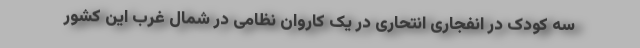
سه کودک در انفجاری انتحاری در یک کاروان نظامی در شمال غرب این کشور